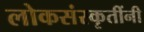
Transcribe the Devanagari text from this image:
लोकसंस्कृतींनी